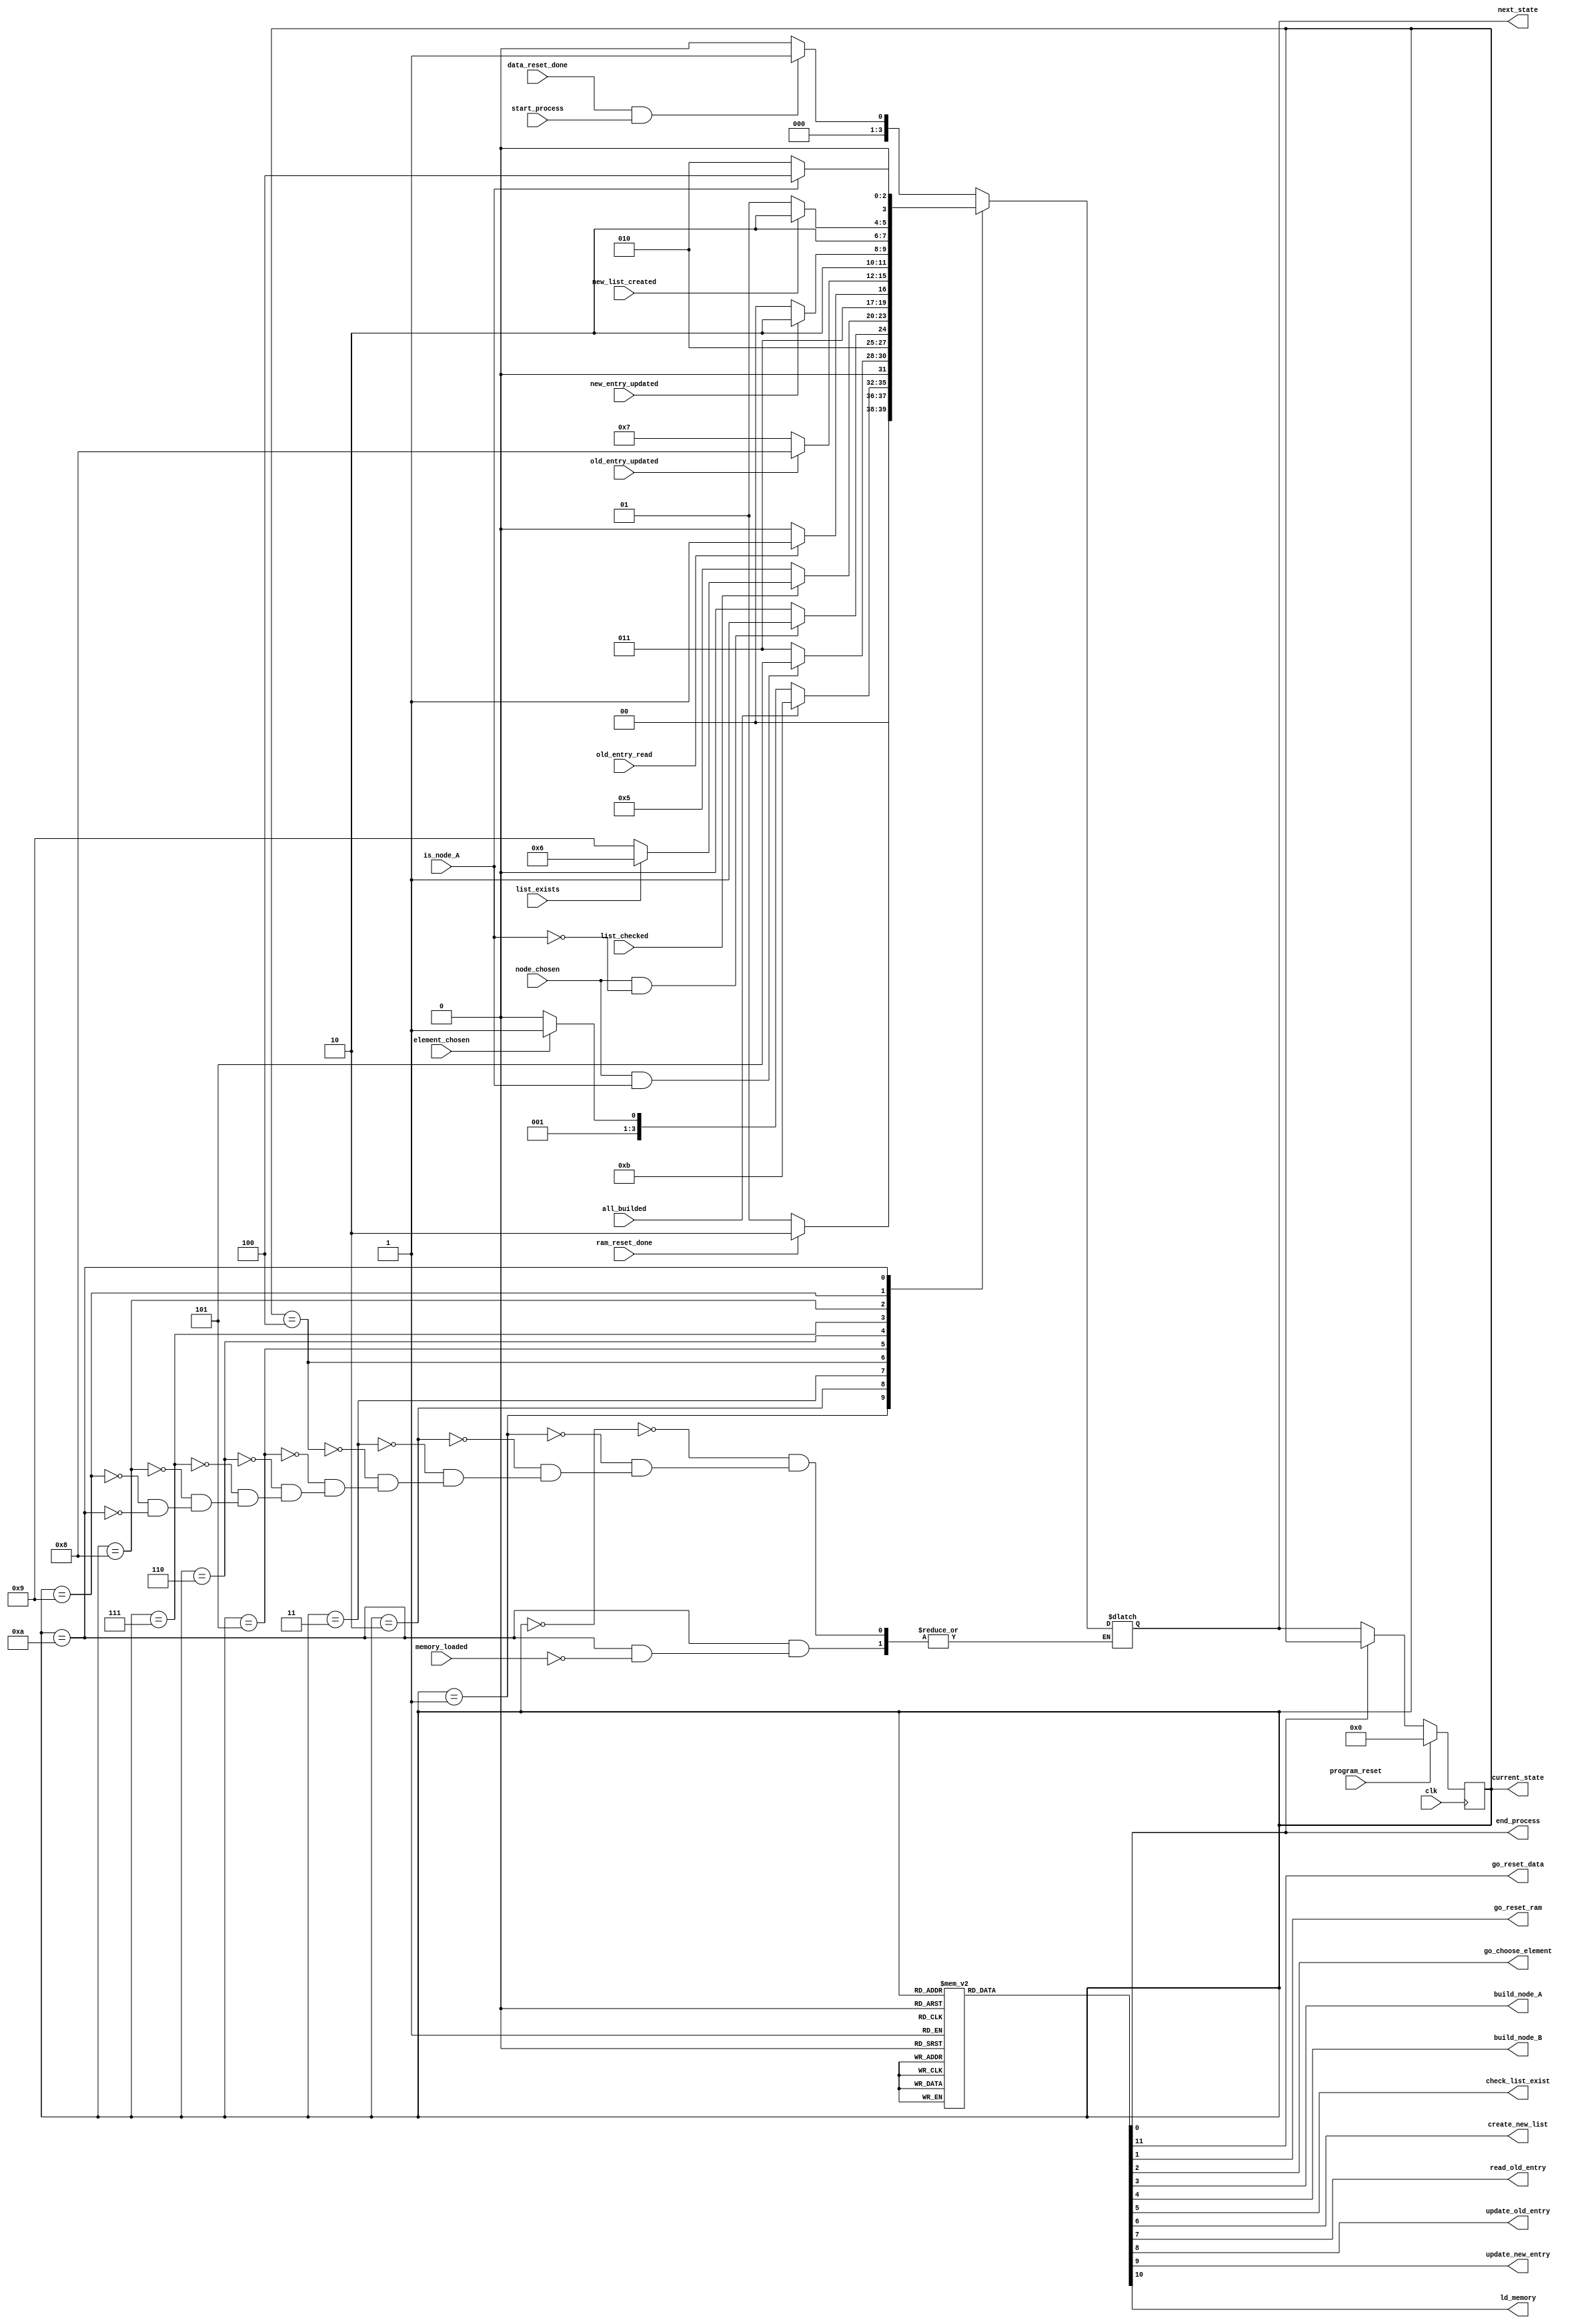
`timescale 1ns/1ns

module buildNodeList_controller(
		input clk, program_reset,
		input start_process, 
		output reg end_process,
		
		// Input hanshakes
		input data_reset_done, ram_reset_done, element_chosen, node_chosen, is_node_A, list_checked, list_exists, 
		input new_list_created, old_entry_read, old_entry_updated, new_entry_updated, memory_loaded, all_builded,
		
		// Output handshakes
		output reg go_reset_data, go_reset_ram, go_choose_element, build_node_A, build_node_B, check_list_exist, 
		output reg create_new_list, read_old_entry, update_old_entry, update_new_entry, ld_memory,
		
		
		output reg [3:0] current_state, next_state
	);
	
	localparam PRE_BUILD = 4'd0,
				  RESET_RAM = 4'd1,
				  CHOOSE_NEW_ELEMENT = 4'd2,
				  BUILD_A = 4'd3,
				  BUILD_B = 4'd4,
				  CHECK_LIST = 4'd5,
				  READ_OLD = 4'd6,
				  UPDATE_OLD = 4'd7,
				  UPDATE_NEW = 4'd8,
				  NEW_LIST = 4'd9,
				  MEMORY_WAIT = 4'd10,
				  DONE_BUILD = 4'd11;
	
	always @(*) begin: state_table
		case (current_state)
			PRE_BUILD:
				next_state = (data_reset_done & start_process) ? RESET_RAM : PRE_BUILD;
				
			RESET_RAM:
				next_state = ram_reset_done ? CHOOSE_NEW_ELEMENT : RESET_RAM;
			
			CHOOSE_NEW_ELEMENT: begin
				if (all_builded)
					next_state = DONE_BUILD;
				else
					next_state = element_chosen ? BUILD_A : CHOOSE_NEW_ELEMENT;
			end
			
			BUILD_A:
				next_state = (node_chosen & is_node_A) ? CHECK_LIST : BUILD_A;
				
			BUILD_B:
				next_state = (node_chosen & ~is_node_A) ? CHECK_LIST : BUILD_B;
			
			CHECK_LIST:
				next_state = list_checked ? (list_exists ? READ_OLD : NEW_LIST) : CHECK_LIST;
				
			READ_OLD:
				next_state = old_entry_read ? UPDATE_OLD : READ_OLD;
				
			UPDATE_OLD:
				next_state = old_entry_updated ? UPDATE_NEW : UPDATE_OLD;
				
			UPDATE_NEW:
				next_state = new_entry_updated ? MEMORY_WAIT : UPDATE_NEW;
			
			NEW_LIST:
				next_state = new_list_created ? MEMORY_WAIT : NEW_LIST;
			
			
			MEMORY_WAIT: begin
				if (memory_loaded)
					next_state = is_node_A ? BUILD_B : CHOOSE_NEW_ELEMENT;
			end
			

		endcase
	end
	
	always @(*) begin: enable_signals
		go_reset_data = 0;
		go_reset_ram = 0;
		go_choose_element = 0;
		build_node_A = 0;
		build_node_B = 0;
		check_list_exist = 0;
		create_new_list = 0;
		read_old_entry = 0;
		update_old_entry = 0;
		update_new_entry = 0;
		ld_memory = 0;
		end_process = 0;
		
		case (current_state)
			PRE_BUILD: go_reset_data = 1;
			RESET_RAM: go_reset_ram = 1;
			CHOOSE_NEW_ELEMENT: go_choose_element = 1;
			BUILD_A: build_node_A = 1;
			BUILD_B: build_node_B = 1;
			CHECK_LIST: check_list_exist = 1;
			NEW_LIST: create_new_list = 1;
			READ_OLD: read_old_entry = 1;
			UPDATE_OLD: update_old_entry = 1;
			UPDATE_NEW: update_new_entry = 1;
			MEMORY_WAIT: ld_memory = 1;
			DONE_BUILD: end_process = 1;
		endcase
	end
	
	
	always @(posedge clk) begin: state_FFs		
		if (program_reset) begin
			current_state <= PRE_BUILD;
		end
		else if (!end_process) begin 			
			current_state <= next_state;		
		end
	end

	
endmodule